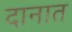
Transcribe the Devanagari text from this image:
दानात